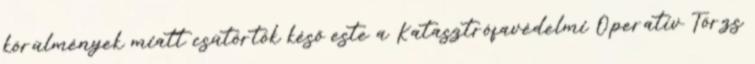
körülmények miatt csütörtök késő este a Katasztrófavédelmi Operatív Törzs